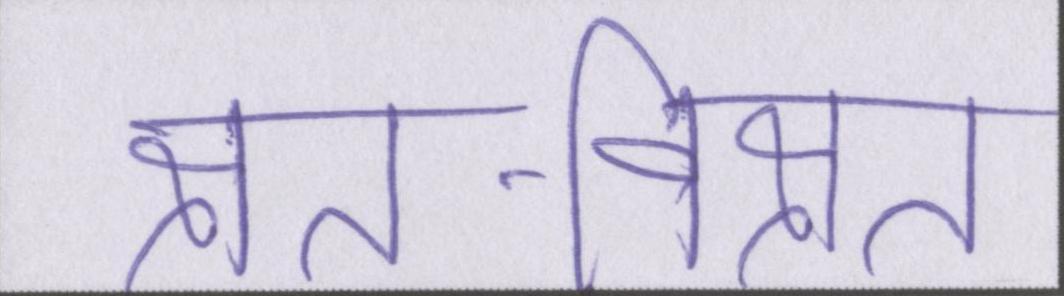
क्षत-विक्षत